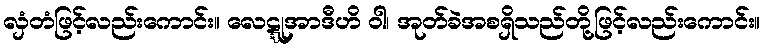
လှံတံဖြင့်လည်းကောင်း။ လေဋ္ဋုအာဒီဟိ ဝါ၊ အုတ်ခဲအစရှိသည်တို့ဖြင့်လည်းကောင်း။